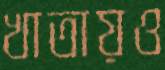
খাতায়ও